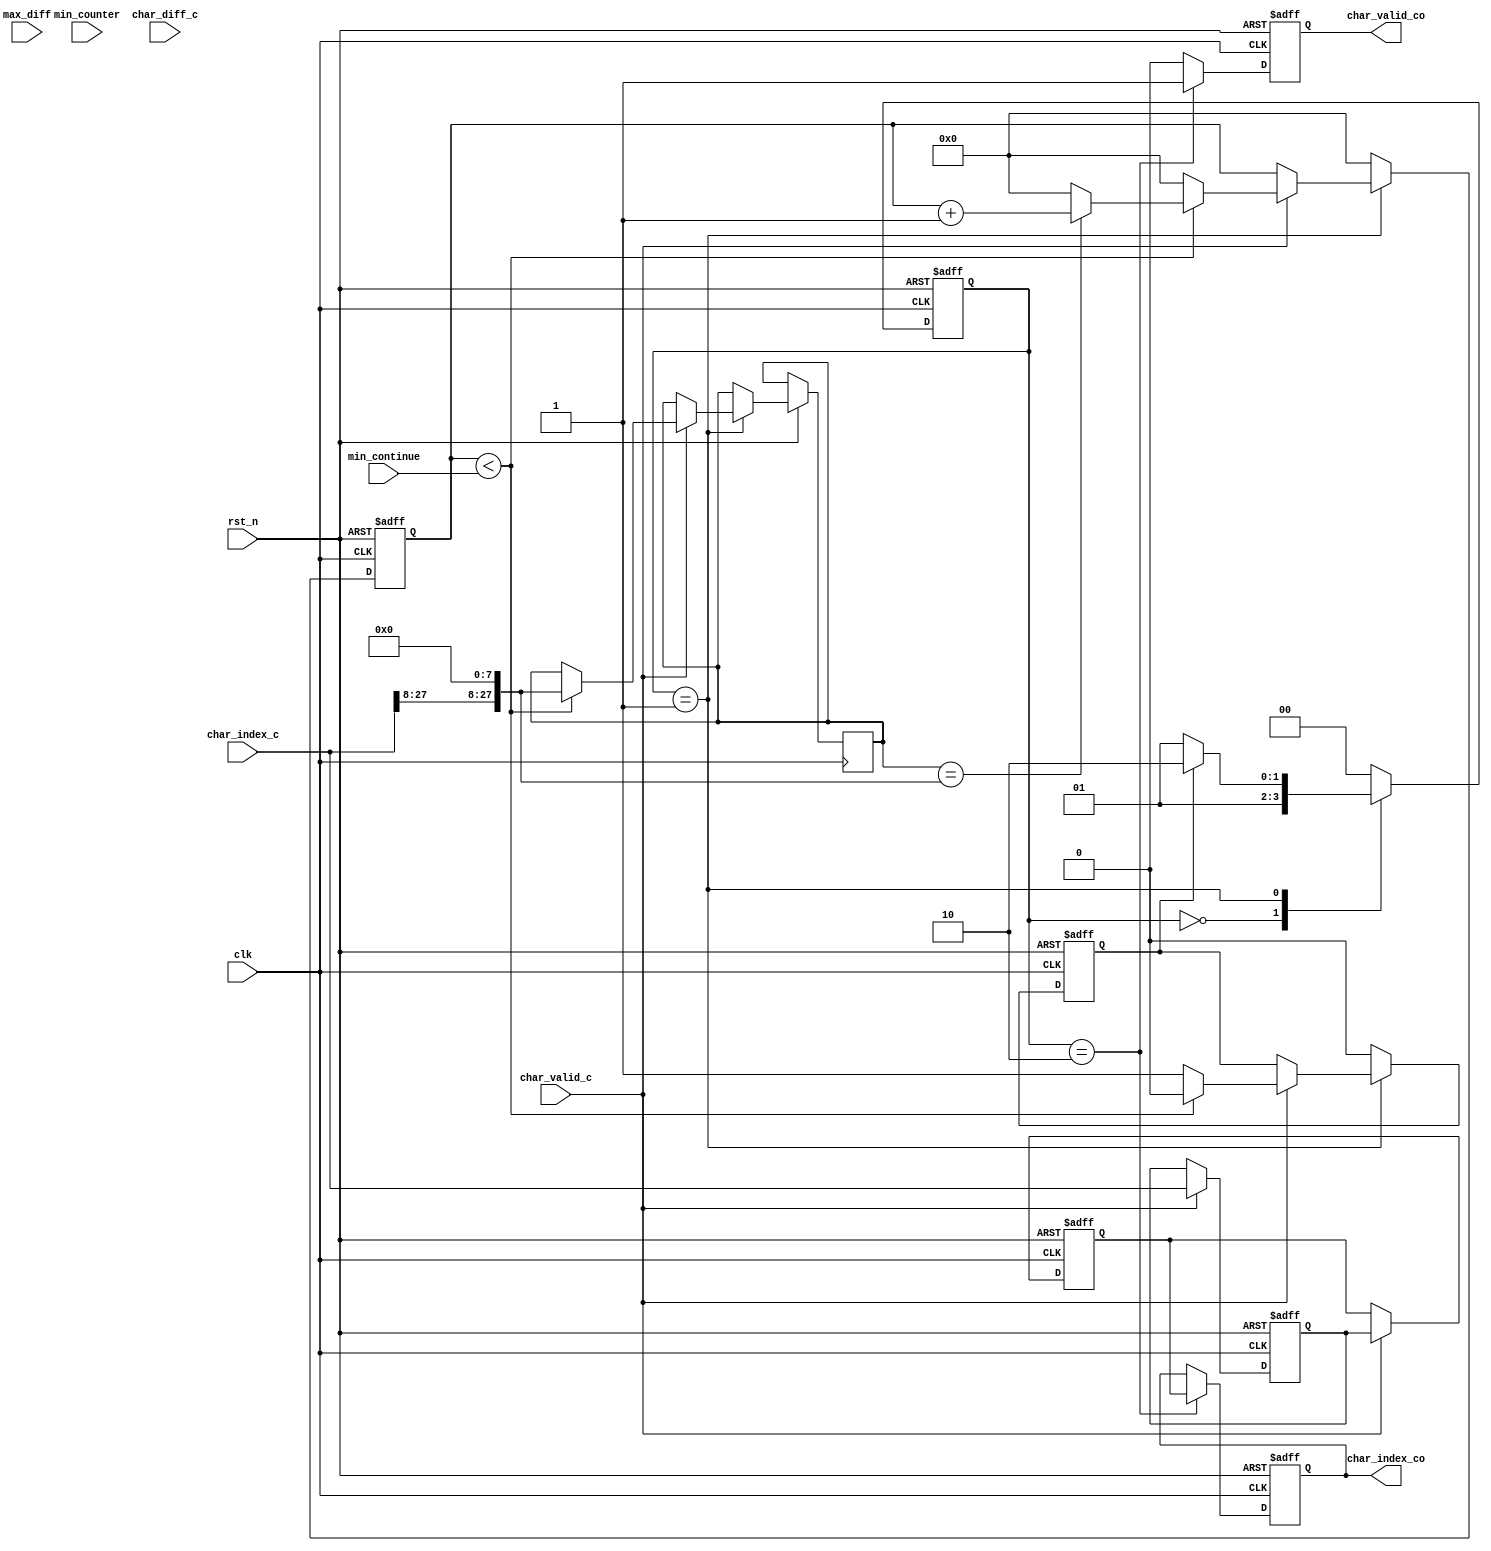
`timescale 1ns / 1ps
//////////////////////////////////////////////////////////////////////////////////
// Company: 
// Engineer: 
// 
// Design Name: 
// Module Name: judge_all
// Project Name: 
// Target Devices: 
// Tool Versions: 
// Description: 
// 
// Dependencies: 
// 
// Revision:
// Revision 0.01 - File Created
// Additional Comments:
// 
//////////////////////////////////////////////////////////////////////////////////


module judge_all #(
	parameter [0:0] ALL_CHAR = 0
	)(
	input             clk           ,
	input             rst_n         ,
	/*  */
	input  [    15:0] max_diff      , // 
	input  [     3:0] min_continue  , // 
	input  [     7:0] min_counter   , // 
	/* input signals */
	(*mark_debug = "true"*) input  [ 7*4-1:0] char_index_c  , // *8
	input  [7*16-1:0] char_diff_c   , // *8
	input             char_valid_c  , //
	/* output signals */
	(*mark_debug = "true"*) output reg [ 7*4-1:0] char_index_co  , // *8
	output wire           char_valid_co    // 
    );

	localparam IDLE = 2'b0;
	localparam COUNT = 2'b1;
	localparam DONE = 2'h2;

	reg count_done = 0; // 
	reg count_continue_done = 0; // 

	(*mark_debug = "true"*) reg [7*4-1:0] char_index_is_delay1 = 'h0;
	(*mark_debug = "true"*) reg [7*4-1:0] char_index_is_delay2 = 'h0;

	reg [3:0] counter_continue;
	reg recognize_done;

	/*  */
	reg [1:0] state_reg;

	wire [ 7*4-1:0] char_index_now;
	reg [ 7*4-1:0] char_index_last;

generate
	if(ALL_CHAR) begin
		assign char_index_now = char_index_c;
	end else begin 
		assign char_index_now = {char_index_c[7*4-1:2*4], 8'b0};
	end
endgenerate

	always @(posedge clk or negedge rst_n) begin
		if(~rst_n) begin 
			char_index_is_delay1 <= 0;
			char_index_is_delay2 <= 0;
		end else if(char_valid_c) begin
			char_index_is_delay1 <= char_index_c;
			char_index_is_delay2 <= char_index_is_delay1;
		end
	end

	always @(posedge clk or negedge rst_n) begin : proc_state_reg
		if(~rst_n) begin
			state_reg <= 0;
		end else begin
			case (state_reg)
				IDLE : begin 
					state_reg <= COUNT;
				end
				COUNT : begin 
					if(count_done || count_continue_done) begin
						state_reg <= DONE;
					end else begin 
						state_reg <= COUNT;
					end
				end
				DONE : begin 
					state_reg <= IDLE;
				end
				default : state_reg <= IDLE;
			endcase
		end
	end

	always @(posedge clk or negedge rst_n) begin
		if(~rst_n) begin
			counter_continue <= 0;
			char_index_co <= 0;
			count_continue_done <= 0;
			recognize_done <= 0;
		end else begin
			case (state_reg)
				IDLE : begin 
					counter_continue <= 0;
					count_continue_done <= 1'b0;
					recognize_done <= 1'b0;
				end
				COUNT : begin 
					if(char_valid_c) begin
						if(counter_continue < min_continue) begin
							if(char_index_last == char_index_now) begin
								char_index_last <= char_index_now;
								counter_continue <= counter_continue + 1;
							end else begin 
								char_index_last <= char_index_now;
								counter_continue <= 0;
							end
							count_continue_done <= 1'b0;
						end else begin 
							count_continue_done <= 1'b1;
							counter_continue <= 0;
						end
					end
					recognize_done <= 1'b0;
				end
				DONE : begin 
					counter_continue <= 0;
					count_continue_done <= 1'b0;
					recognize_done <= 1'b1;
					char_index_co <= char_index_is_delay2;
				end
				default : begin 
					counter_continue <= 0;
					count_continue_done <= 1'b0;
					recognize_done <= 1'b0;
				end
			endcase
		end
	end

	assign char_valid_co = recognize_done;

endmodule